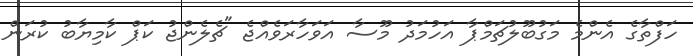
ހަފްތާގެ އެންމެ މަގުބޫލުޗަމްޕާ އަހުމަދު މޫސާ އަވަހާރަވެއްޖެ "ޗެލެންޖު ކަޕް ކާމިޔާބު ކުރަން